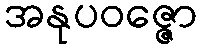
အနုပဝဇ္ဇော